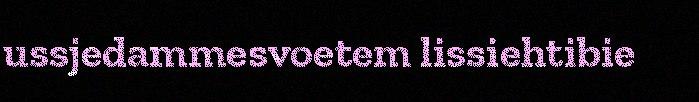
ussjedammesvoetem lissiehtibie